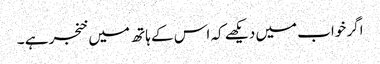
اگر خواب میں دیکھے کہ اس کے ہاتھ میں خنجر ہے ۔